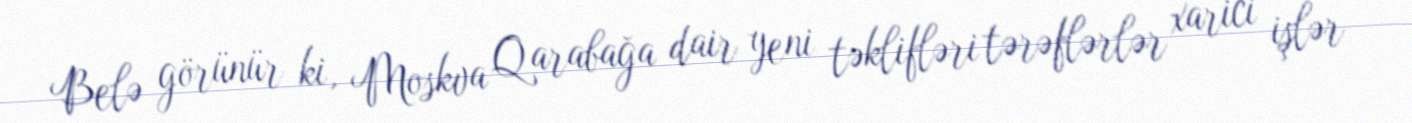
Belə görünür ki, Moskva Qarabağa dair yeni təklifləri tərəflərlər xarici işlər